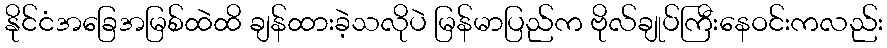
နိုင်ငံအခြေအမြစ်ထဲထိ ချန်ထားခဲ့သလိုပဲ မြန်မာပြည်က ဗိုလ်ချုပ်ကြီးနေဝင်းကလည်း